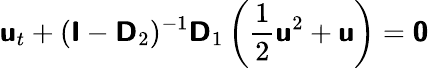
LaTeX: \mathbf{\boldsymbol{\mathsf{u}}}_{t}+(\mathbf{\boldsymbol{\mathsf{I}}}-\mathbf{\boldsymbol{\mathsf{D}}}_{2})^{-1}\mathbf{\boldsymbol{\mathsf{D}}}_{1}\left(\frac{1}{2}\mathbf{\boldsymbol{\mathsf{u}}}^{2}+\mathbf{\boldsymbol{\mathsf{u}}}\right)=\mathbf{\boldsymbol{\mathsf{0}}}